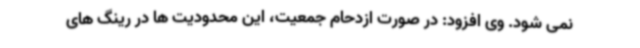
نمی شود. وی افزود: در صورت ازدحام جمعیت، این محدودیت ها در رینگ های